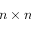
n \times n